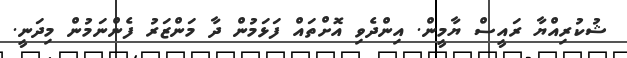
ޝުކުރިއްޔާ ރައީސް ޔާމީން. އިންދެވި އޮށްތައް ފަޅަމުން ދާ މަންޒަރު ފެންނަމުން މިދަނީ.